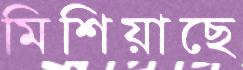
মিশিয়াছে